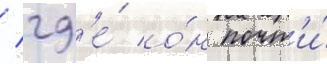
/ гд'е́ о́н почт'и́